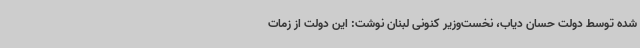
شده توسط دولت حسان دیاب، نخست‌وزیر کنونی لبنان نوشت: این دولت از زمات